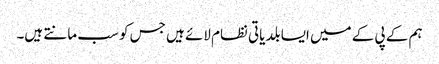
ہم کے پی کے میں ایسا بلدیاتی نظام لائے ہیں جس کو سب مانتے ہیں۔